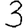
Digit: 3